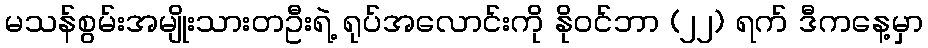
မသန်စွမ်းအမျိုးသားတဦးရဲ့ ရုပ်အလောင်းကို နိုဝင်ဘာ (၂၂) ရက် ဒီကနေ့မှာ